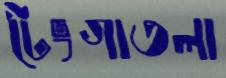
টেংগাতলা